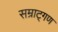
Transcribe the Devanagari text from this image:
सम्राट्गण